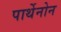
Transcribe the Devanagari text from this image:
पार्थेनोन